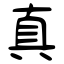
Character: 眞